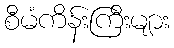
စီမံကိန်းကြီးများ